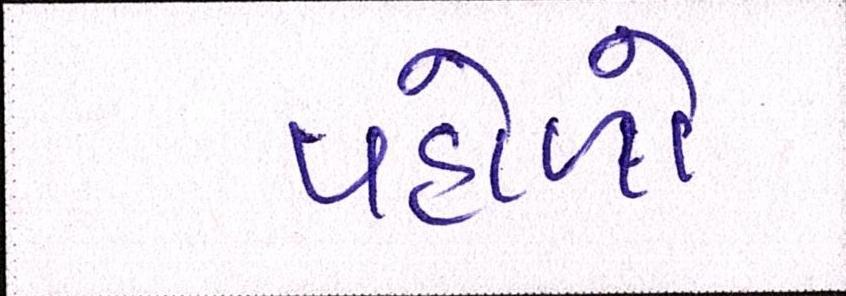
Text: પહોળો